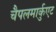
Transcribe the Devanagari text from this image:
चैपलमार्कुएट